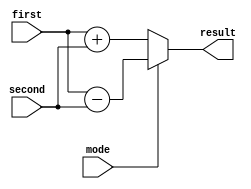
module addsub (
    mode, // zero for addition, one for subtraction
    first,// first operator
    second,//second operator
    result
);
    input wire mode;
    input wire signed [7:0] first, second;
    output wire signed [7:0] result;

    assign result = mode? first - second: first + second;
endmodule